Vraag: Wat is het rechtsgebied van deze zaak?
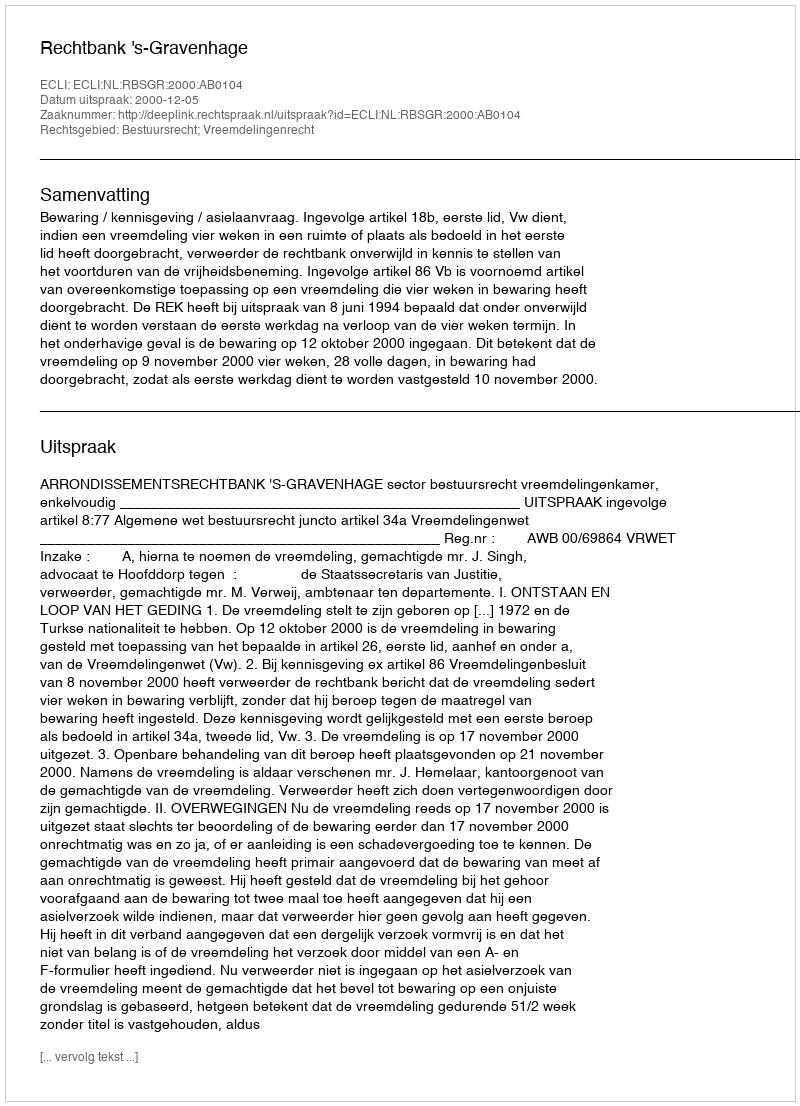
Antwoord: Bestuursrecht; Vreemdelingenrecht